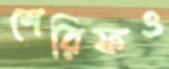
শেরিফও